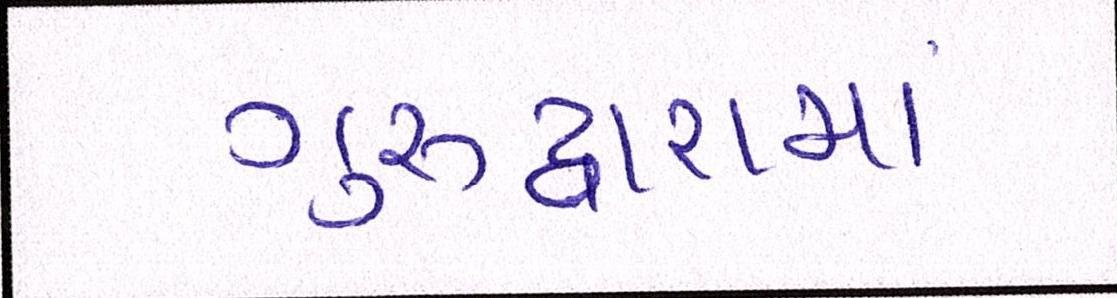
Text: ગુરુદ્વારાનાં